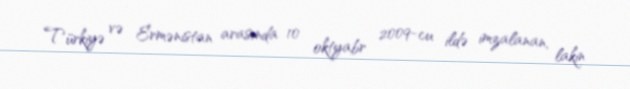
Türkiyə və Ermənistan arasında 10 oktyabr 2009-cu ildə imzalanan, lakin